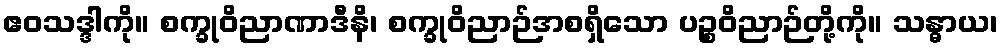
ဧဝသဒ္ဒါကို။ စက္ခုဝိညာဏာဒီနိ၊ စက္ခုဝိညာဉ်အစရှိသော ပဉ္စဝိညာဉ်တို့ကို။ သန္ဓာယ၊